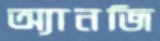
অ্যানজি